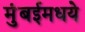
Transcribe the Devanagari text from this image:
मुंबईमधये